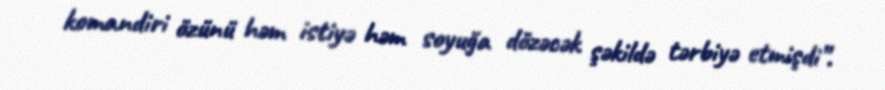
komandiri özünü həm istiyə həm soyuğa dözəcək şəkildə tərbiyə etmişdi”.